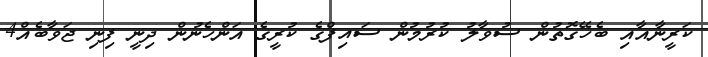
ކަރީނާއާއި ބެހޭގޮތުން ސުވާލު ކުރުމުން ސައިފްގެ ކުރީގެ އަންހެނުން ދިނީ ފިނި ޖަވާބެއް4